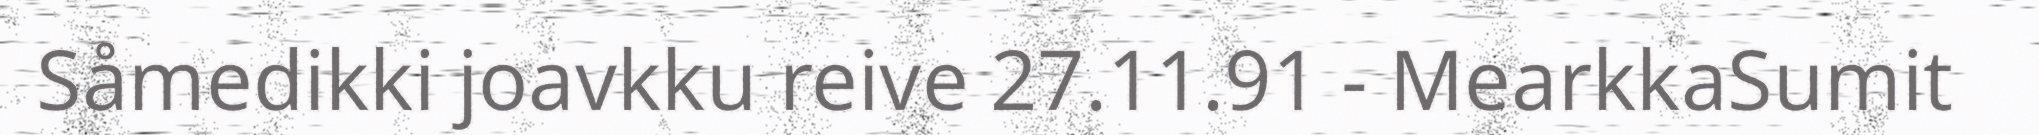
Såmedikki joavkku reive 27.11.91 - MearkkaSumit